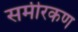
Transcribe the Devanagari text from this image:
समीरकण